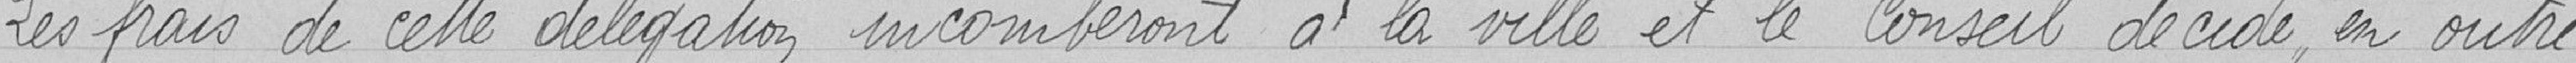
Les frais de cette délégation incomberont à la ville et le Conseil décide, en outre,